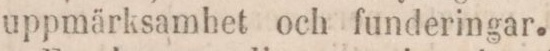
uppmärksamhet och funderingar.